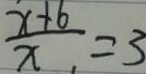
\frac { x + 6 } { x } = 3